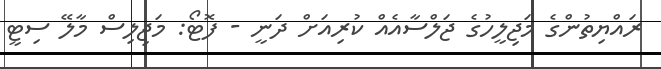
ރައްޔިތުންގެ މަޖިލީހުގެ ޖަލްސާއެއް ކުރިއަށް ދަނީ - ފޮޓޯ: މަޖިލިސް މާލޭ ސިޓީ